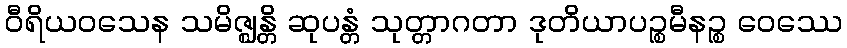
ဝီရိယဝသေန သမိဇ္ဈန္တိ ဆုပန္တံ သုတ္တာဂတာ ဒုတိယာပဉ္စမီနဉ္စ ဝေဿေ